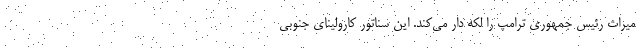
میراث رئیس جمهوری ترامپ را لکه دار می‌کند. این سناتور کارولینای جنوبی